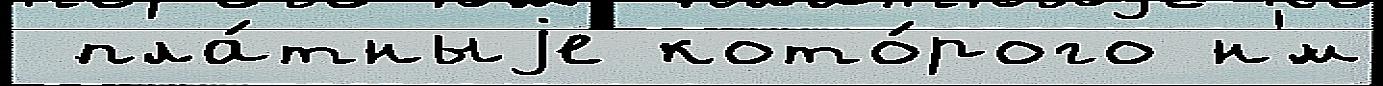
 пла́тныjе кото́рого н'́м